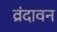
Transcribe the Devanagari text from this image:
व्रंदावन